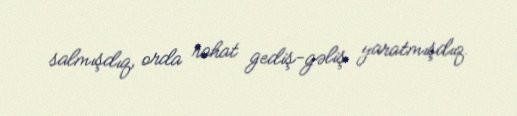
salmışdıq, orda rahat gediş-gəliş yaratmışdıq.